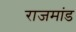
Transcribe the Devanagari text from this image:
राजमांड